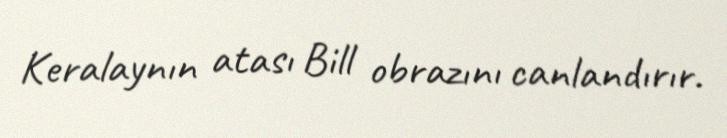
Keralaynın atası Bill obrazını canlandırır.